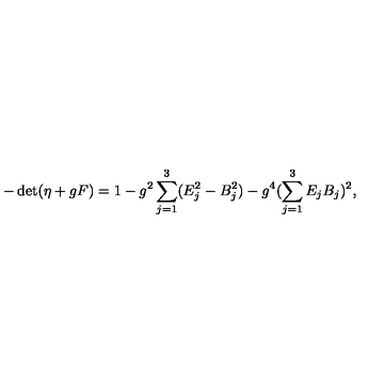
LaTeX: - \det ( \eta + g F ) = 1 - g ^ { 2 } \sum _ { j = 1 } ^ { 3 } ( E _ { j } ^ { 2 } - B _ { j } ^ { 2 } ) - g ^ { 4 } ( \sum _ { j = 1 } ^ { 3 } E _ { j } B _ { j } ) ^ { 2 } ,